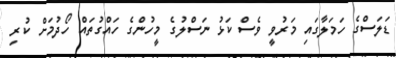
ޑަލަސްގެ ހަމަލާގައި މަރުވީ ވެސް ކަޅު ނަސްލުގެ މީހުންގެ ހައްގުތައް ހޯދުމަށް ކުރި